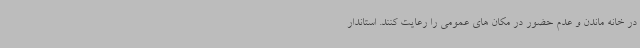
در خانه ماندن و عدم حضور در مکان های عمومی را رعایت کنند. استاندار